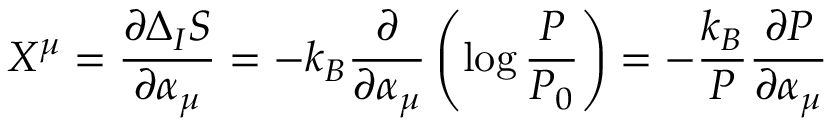
X ^ { \mu } = \frac { \partial \Delta _ { I } S } { \partial \alpha _ { \mu } } = - k _ { B } \frac { \partial } { \partial \alpha _ { \mu } } \left( \log \frac { P } { P _ { 0 } } \right) = - \frac { k _ { B } } { P } \frac { \partial P } { \partial \alpha _ { \mu } }